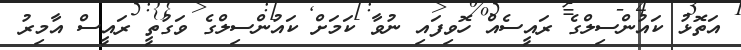
އަތޮޅު ކައުންސިލްގެ ރައީސެއް ހޮވިފައި ނުވާ ކަމަށް ކައުންސިލްގެ ވަގުތީ ރައީސް އާމިރު